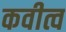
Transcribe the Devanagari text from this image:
कवीत्व